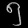
Digit: ၅